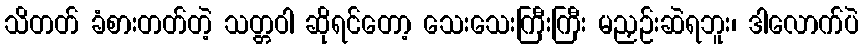
သိတတ် ခံစားတတ်တဲ့ သတ္တဝါ ဆိုရင်တော့ သေးသေးကြီးကြီး မညှဉ်းဆဲရဘူး၊ ဒါလောက်ပဲ